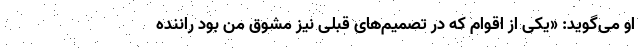
او می‌گوید: «یکی از اقوام که در تصمیم‌های قبلی نیز مشوق من بود راننده